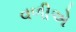
વળીએ